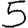
Digit: 5